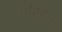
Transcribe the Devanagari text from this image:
औरडच